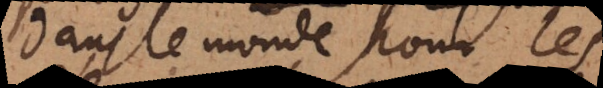
dans le monde pour les